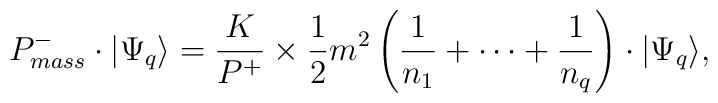
P^-_{mass} \cdot \vert \Psi_q \rangle  = \frac{K}{P^+} \times \frac{1}{2}m^2 \left(\frac{1}{n_1} + \cdots + \frac{1}{n_q} \right)\cdot \vert  \Psi_q \rangle,